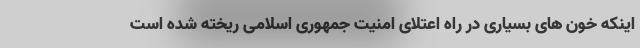
اینکه خون های بسیاری در راه اعتلای امنیت جمهوری اسلامی ریخته شده است